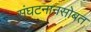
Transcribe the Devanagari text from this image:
संघटनानसोबत